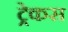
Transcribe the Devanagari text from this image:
ट्रेकस